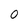
Character: 0